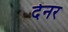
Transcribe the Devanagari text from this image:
देनर